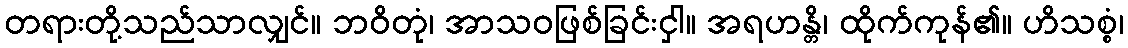
တရားတို့သည်သာလျှင်။ ဘဝိတုံ၊ အာသဝဖြစ်ခြင်းငှါ။ အရဟန္တိ၊ ထိုက်ကုန်၏။ ဟိသစ္စံ၊